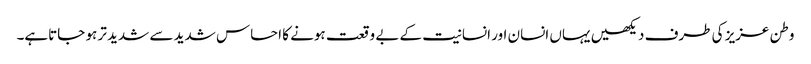
وطن عزیز کی طرف دیکھیں یہاں انسان اور انسانیت کے بے وقعت ہونے کا احساس شدید سے شدید تر ہو جاتاہے۔